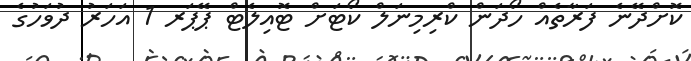
ކޮށްދޭނެ ފަރާތެއް ހޯދަން ކްރިމިނަލް ކޯޓަށް ޓޮއިލެޓް ޕޭޕަރ 1 އަހަރު ދުވަހުގެ